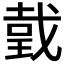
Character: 𢧜